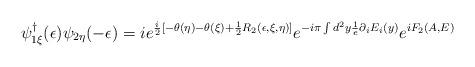
LaTeX: \begin{align*}\psi^\dagger_{1\xi}(\epsilon)\psi_{2\eta}(-\epsilon)=ie^{\frac{i}{2}[-\theta(\eta)-\theta(\xi)+\frac{1}{2}R_2(\epsilon,\xi,\eta)]}e^{-i\pi\int d^2y \frac{1}{e}\partial_iE_i(y)}e^{iF_2(A,E)}\end{align*}